Regulations for the medical services of the Army of India
Year: 1930
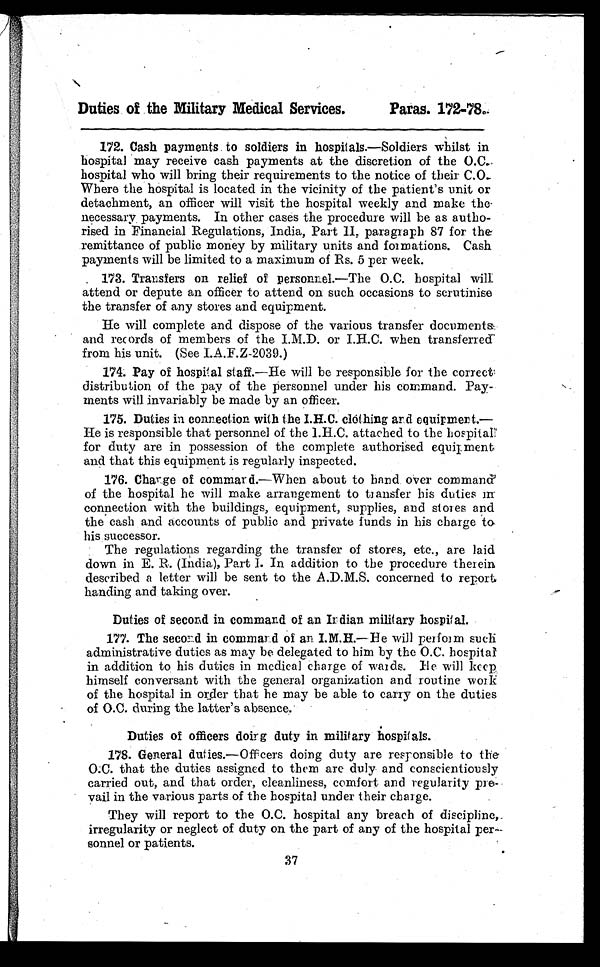
Duties of the Military Medical Services.
Paras. 172-78.
172. Cash payments to soldiers in hospitals. —Soldiers whilst in
hospital may receive cash payments at the discretion of the O.C.
hospital who will bring their requirements to the notice of their C.O.
Where the hospital is located in the vicinity of the patient's unit or
detachment, an officer will visit the hospital weekly and make the
necessary payments. In other cases the procedure will be as autho-
rised in Financial Regulations, India, Part II, paragraph 87 for the
remittance of public money by military units and formations. Cash
payments will be limited to a maximum of Rs. 5 per week.
173. Transfers on relief of personnel. —The O.C. hospital will
attend or depute an officer to attend on such occasions to scrutinise
the transfer of any stores and equipment.
He will complete and dispose of the various transfer documents
and records of members of the I.M.D. or I.H.C. when transferred
from his unit. (See I.A.F.Z-2039.)
1 7 4 . P a y o f h o s p i t a l s t a f f .—
H e w i l l b e r e s p o n s i b l e f o r t h e c o r r e c t
distribution of the pay of the personnel under his command. Pay-
ments will invariably be made by an officer.
1 7 5 . D u t i e s i n c o n n e c t i o n w i t h t h e I . H . C . c l o t h i n g a n d e q u i p m e n t .—
He is responsible that personnel of the I.H.C. attached to the hospital
for duty are in possession of the complete authorised equipment
and that this equipment is regularly inspected.
1 7 6 . C h a r g e o f c o m m a n d .—
W h e n a b o u t t o h a n d o v e r c o m m a n d
of the hospital he will make arrangement to transfer his duties in
connection with the buildings, equipment, supplies, and stores and
the cash and accounts of public and private funds in his charge to
his successor.
The regulations regarding the transfer of stores, etc., are laid
down in E. R. (India), Part I. In addition to the procedure therein
described a letter will be sent to the A.D.M.S. concerned to report
handing and taking over.
Duties of second in command of an Indian military hospital.
1 7 7 . T h e s e c o n d i n c o m m a n d o f a n I . M . H .—
H e w i l l p e r f o r m s u c h
administrative duties as may be delegated to him by the O.C. hospital
in addition to his duties in medical charge of wards. He will keep
himself conversant with the general organization and routine work
of the hospital in order that he may be able to carry on the duties
of O.C. during the latter's absence.
Duties of officers doing duty in military hospitals.
1 7 8 . G e n e r a l d u t i e s .
— O f f
i c e r s d o i n g d u t y a r e r e s p o n s i b l e t o t h e
O . C . t h a t t h e d u t i e s a s s i g n e d t o t h e m a r e d u l y a n d c o n s c i e n t i o u s l y
carried out, and that order, cleanliness, comfort and regularity pre-
vail in the various parts of the hospital under their charge.
They will report to the O.C. hospital any breach of discipline,
irregularity or neglect of duty on the part of any of the hospital per-
sonnel or patients.
37